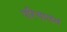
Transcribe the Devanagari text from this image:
परिचालत